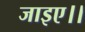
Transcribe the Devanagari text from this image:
जाइए।।